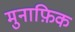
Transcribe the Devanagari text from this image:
मुनाफ़िक